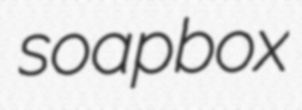
soapbox